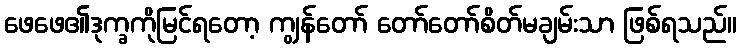
ဖေဖေ၏ဒုက္ခကိုမြင်ရတော့ ကျွန်တော် တော်တော်စိတ်မချမ်းသာ ဖြစ်ရသည်။